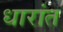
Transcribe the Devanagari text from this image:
धारांत